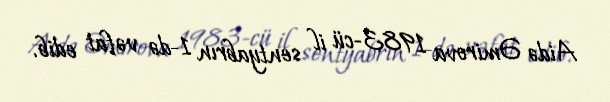
Aidə Əmirova 1983-cü il sentyabrın 1-də vəfat edib.